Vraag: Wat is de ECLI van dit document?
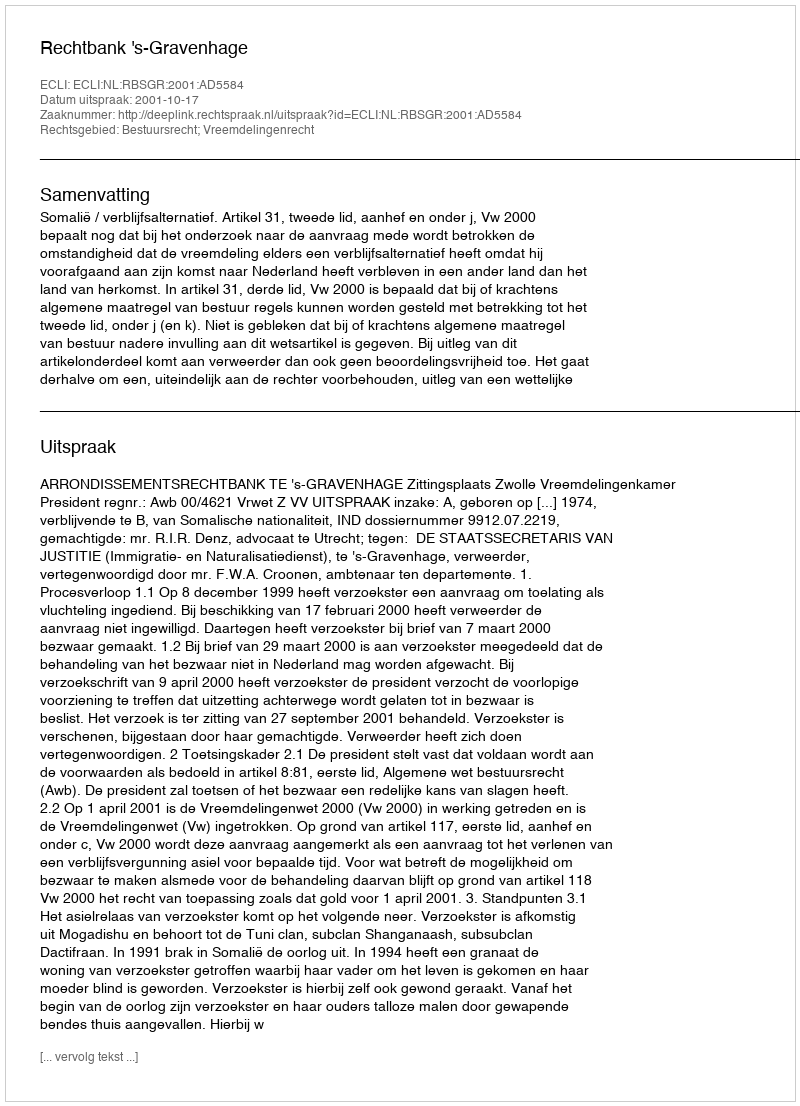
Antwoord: ECLI:NL:RBSGR:2001:AD5584